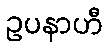
ဥပနာဟီ